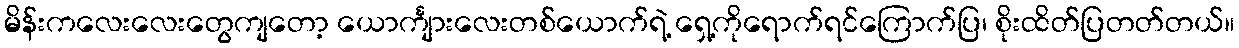
မိန်းကလေးလေးတွေကျတော့ ယောင်္ကျားလေးတစ်ယောက်ရဲ့ ရှေ့ကိုရောက်ရင်ကြောက်ပြ၊ စိုးထိတ်ပြတတ်တယ်။